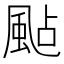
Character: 颭